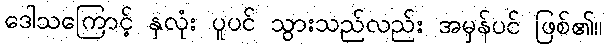
ဒေါသကြောင့် နှလုံး ပူပင် သွားသည်လည်း အမှန်ပင် ဖြစ်၏။